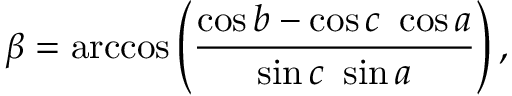
\beta = \operatorname { a r c c o s } \left( { \frac { \cos b - \cos c \ \cos a } { \sin c \ \sin a } } \right) ,